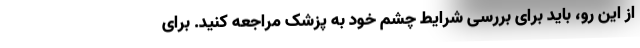
از این رو، باید برای بررسی شرایط چشم خود به پزشک مراجعه کنید. برای